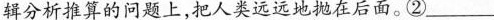
辑分析推算的问题上，把人类远远地抛在后面。②____